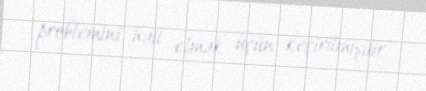
problemini həll etmək üçün keçirilmişdir.